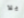
يلا